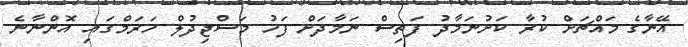
އޭނާގެ މައްޗަށް ކުރާ ކަށުނަމާދު ފަތިސް ނަމާދަށް ފަހު މަސްޖިދުލް ހަރަމްގައި އޮންނާނެ